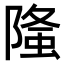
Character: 𨻦